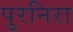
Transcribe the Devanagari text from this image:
पुरनिरा